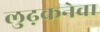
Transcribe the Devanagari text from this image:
लुढ़कनेवा